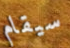
سيقام